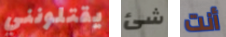
يقتلونني شئ أنت